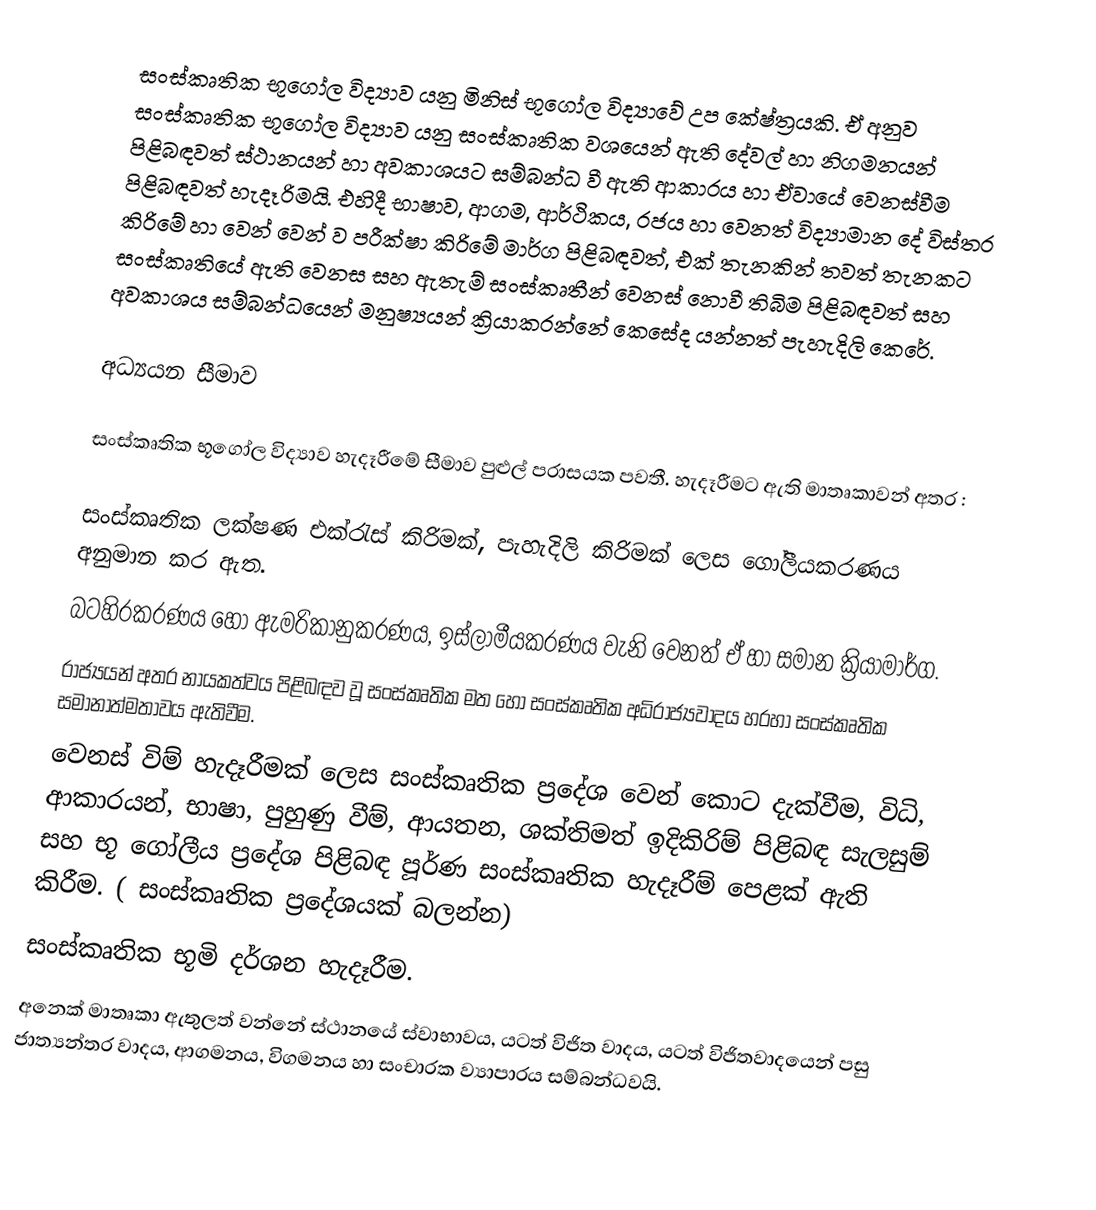
සංස්කෘතික භූගෝල විද්‍යාව යනු මිනිස් භූගෝල විද්‍යාවේ උප කේෂ්ත්‍රයකි. ඒ අනුව සංස්කෘතික භූගෝල විද්‍යාව යනු සංස්කෘතික වශයෙන් ඇති දේවල් හා නිගමනයන් පිළිබඳවත් ස්ථානයන් හා අවකාශයට සම්බන්ධ  වී ඇති ආකාරය හා ඒවායේ වෙනස්වීම පිළිබඳවත් හැදෑරිමයි. එහිදී භාෂාව, ආගම, ආර්ථිකය, රජය හා වෙනත් විද්‍යාමාන දේ විස්තර කිරිමේ හා වෙන් වෙන් ව පරීක්ෂා කිරිමේ මාර්ග පිළිබඳවත්, එක් තැනකින් තවත් තැනකට සංස්කෘතියේ ඇති වෙනස සහ ඇතැම්  සංස්කෘතීන් වෙනස් නොවී තිබිම පිළිබඳවත් සහ අවකාශය සම්බන්ධයෙන් මනුෂ්‍යයන් ක්‍රියාකරන්නේ කෙසේද යන්නත් පැහැදිලි කෙරේ.

අධ්‍යයන සීමාව

සංස්කෘතික භූගෝල විද්‍යාව හැදෑරීමේ සීමාව පුළුල් පරාසයක පවතී. හැදෑරීමට ඇති මාතෘකාවන් අතර :

	සංස්කෘතික ලක්ෂණ එක්රැස් කිරිමක්, පැහැදිලි කිරිමක් ලෙස ‍ගෝලීයකරණය අනුමාන කර ඇත.
	බටහිරකරණය හෝ ඇමරිකානුකරණය, ඉස්ලාමීයකරණය වැනි වෙනත් ඒ හා සමාන ක්‍රියාමාර්ග.
	රාජ්‍යයන් අතර නායකත්වය පිළිබඳව වූ සංස්කෘතික මත හෝ සංස්කෘතික අධිරාජ්‍යවාදය හරහා සංස්කෘතික සමානාත්මතාවය ඇතිවීම.
	වෙනස් විම් හැදෑරීමක් ලෙස සංස්කෘතික ප්‍රදේශ වෙන් කොට දැක්වීම, විධි, ආකාරයන්, භාෂා, පුහුණු වීම්, ආයතන, ශක්තිමත් ඉදිකිරිම් පිළිබඳ සැලසුම් සහ භූ ගෝලීය ප්‍රදේශ පිළිබඳ පූර්ණ සංස්කෘතික හැදෑරීම් පෙළක් ඇති කිරීම. ( සංස්කෘතික ප්‍රදේශයක් බලන්න)
	සංස්කෘතික භූමි දර්ශන හැදෑරීම.
	අනෙක් මාතෘකා ඇතුලත් වන්නේ ස්ථානයේ ස්වාභාවය, යටත් විජිත වාදය, යටත් විජිතවාදයෙන් පසු  ජාත්‍යන්තර වාදය, ආගමනය, විගමනය හා සංචාරක ව්‍යාපාරය සම්බන්ධවයි.